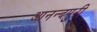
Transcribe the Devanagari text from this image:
आनन्दपुरी